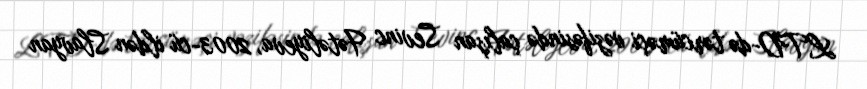
LTD-də tərcüməçi vəzifəsində çalışan Sevinc Fətəliyeva, 2003-cü ildən Slavyan